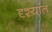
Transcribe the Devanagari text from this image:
दृश्यांत